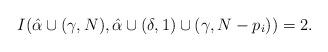
LaTeX: \begin{align*} I(\hat{\alpha}\cup{(\gamma,N)},\hat{\alpha}\cup{(\delta,1)\cup{(\gamma,N-p_{i})}})=2.\end{align*}